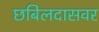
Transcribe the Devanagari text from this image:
छबिलदासवर